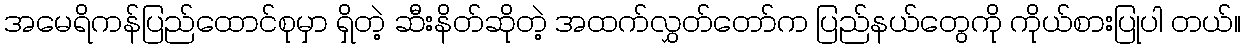
အမေရိကန်ပြည်ထောင်စုမှာ ရှိတဲ့ ဆီးနိတ်ဆိုတဲ့ အထက်လွှတ်တော်က ပြည်နယ်တွေကို ကိုယ်စားပြုပါ တယ်။